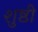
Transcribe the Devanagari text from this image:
शुष्ठी